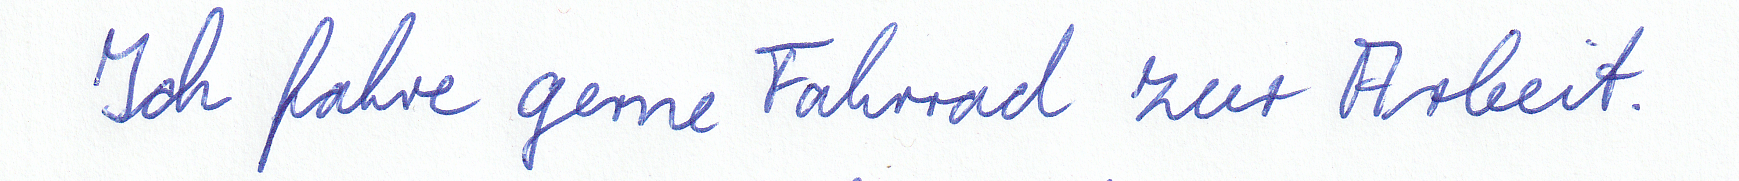
Ich fahre gerne Fahrrad zur Arbeit.